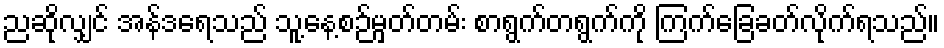
ညဆိုလျှင် အန်ဒရေသည် သူ့နေ့စဉ်မှတ်တမ်း စာရွက်တရွက်ကို ကြက်ခြေခတ်လိုက်ရသည်။